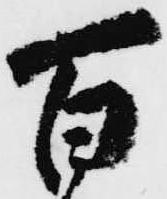
百